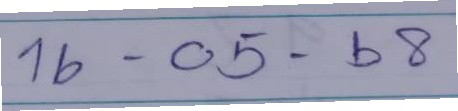
16 - 05 - 68